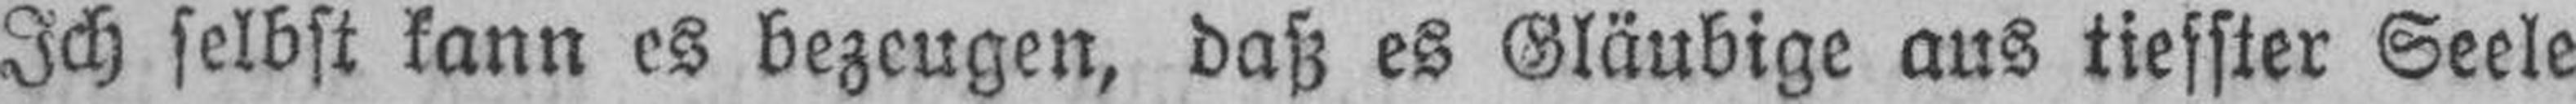
Ich selbst kann es bezeugen, daß es Gläubige aus tiesster Seele